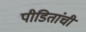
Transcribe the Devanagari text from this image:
पीडितांची